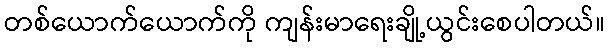
တစ်ယောက်ယောက်ကို ကျန်းမာရေးချို့ယွင်းစေပါတယ်။